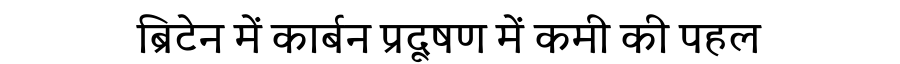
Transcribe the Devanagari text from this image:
ब्रिटेन में कार्बन प्रदूषण में कमी की पहल